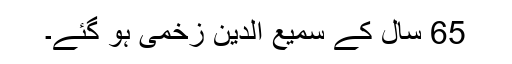
65 سال کے سمیع الدین زخمی ہو گئے۔